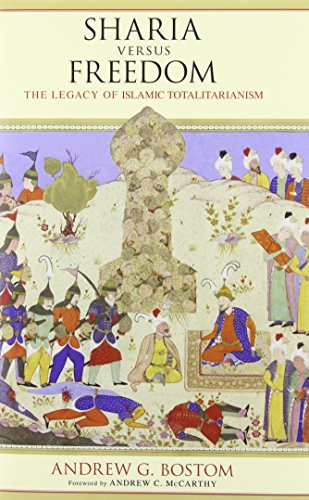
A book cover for Sharia Versus Freedom: The Legacy of Islamic Totalitarianism; Andrew G. Bostom; Religion & Spirituality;